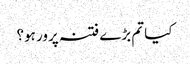
کیا تم بڑے فتنہ پرور ہو؟